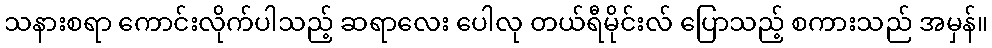
သနားစရာ ကောင်းလိုက်ပါသည့် ဆရာလေး ပေါလု တယ်ရီမိုင်းလ် ပြောသည့် စကားသည် အမှန်။